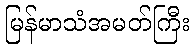
မြန်မာသံအမတ်ကြီး